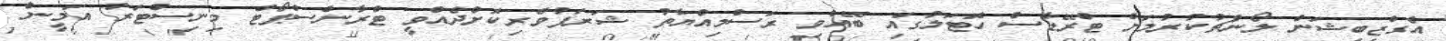
އެގްޒިބިޝަން ލޯންޗުކުރުމަށް ޓްރޭޑާސް ހޮޓަލުގައި ބޭއްވި ރަސްމިއްޔާތު ޝަރަފުވެރިކޮށްދެއްވީ ޓްރާންސްޕޯޓް މިނިސްޓަރު އަމީން